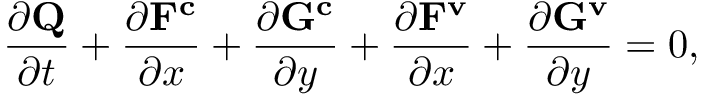
\frac { \partial \mathbf { Q } } { \partial t } + \frac { \partial \mathbf { F ^ { c } } } { \partial x } + \frac { \partial \mathbf { G ^ { c } } } { \partial y } + \frac { \partial \mathbf { F ^ { v } } } { \partial x } + \frac { \partial \mathbf { G ^ { v } } } { \partial y } = 0 ,